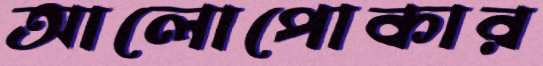
আলোপোকার